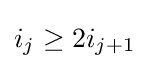
i_{j}\geq 2i_{j+1}